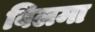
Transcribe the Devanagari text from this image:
बिलमा